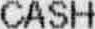
CASH